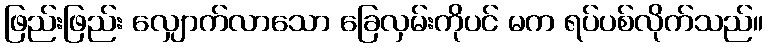
ဖြည်းဖြည်း လျှောက်လာသော ခြေလှမ်းကိုပင် မက ရပ်ပစ်လိုက်သည်။